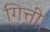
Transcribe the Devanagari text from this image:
गित्ती